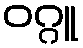
ဝဂ္ဂူ